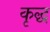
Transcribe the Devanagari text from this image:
कृद्ध